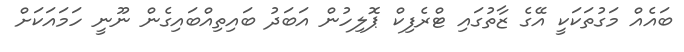
ބައެއް މަގުތަކަކީ އޭގެ ޒާތުގައި ޓްރެފިކް ޕޮލިހުން އަބަަދު ބައިތިއްބައިގެން ނޫނީ ހަމައަކަށް